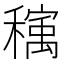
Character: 𰨺